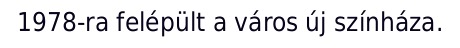
1978-ra felépült a város új színháza.